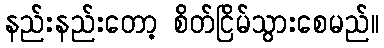
နည်းနည်းတော့ စိတ်ငြိမ်သွားစေမည်။